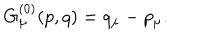
LaTeX: G _ { \mu } ^ { ( 0 ) } ( p , q ) = q _ { \mu } - p _ { \mu } .